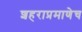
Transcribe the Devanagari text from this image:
शहराप्रमाणेच